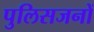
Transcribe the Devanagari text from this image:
पुलिसजनों